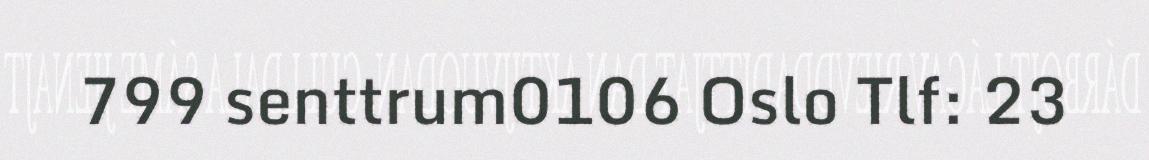
799 senttrum0106 Oslo Tlf: 23